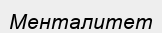
Менталитет